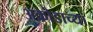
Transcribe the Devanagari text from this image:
अक्रोडाच्या